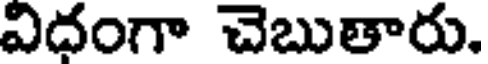
విదంగా చెబుతారు.